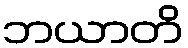
ဘယာတိ